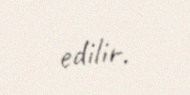
edilir.